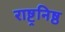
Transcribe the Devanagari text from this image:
राष्ट्रनिष्ठ